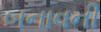
બનાવની